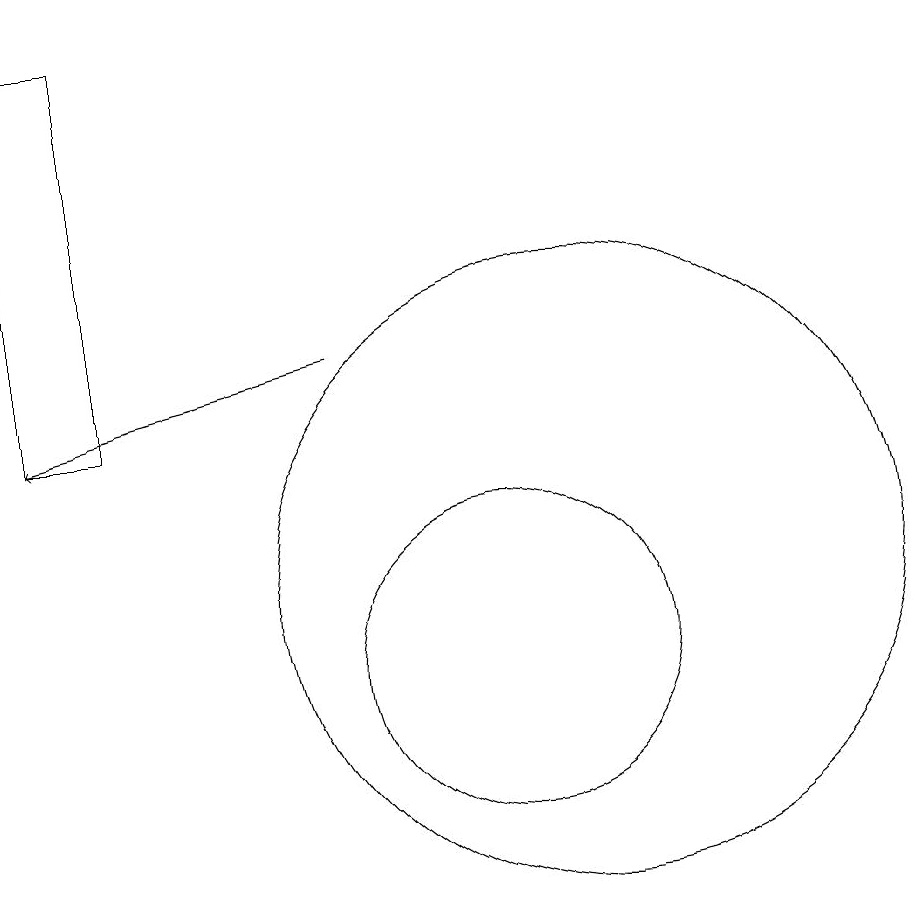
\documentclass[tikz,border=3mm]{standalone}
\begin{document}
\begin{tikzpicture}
\draw[->] (8,15) -- (4,14);
\draw (11,12) circle (4);
\draw (10,11) circle (2);
\draw (5,19) rectangle (4,14);
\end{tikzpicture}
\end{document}